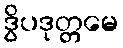
ဒွိပဒုတ္တမေ